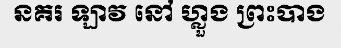
នគរ ឡាវ នៅ ហ្លួង ព្រះបាង